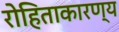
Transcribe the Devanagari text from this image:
रोहिताकारण्य